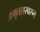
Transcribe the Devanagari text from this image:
अमृतसरवरुन